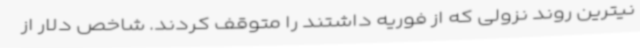
نیترین روند نزولی که از فوریه داشتند را متوقف کردند. شاخص دلار از